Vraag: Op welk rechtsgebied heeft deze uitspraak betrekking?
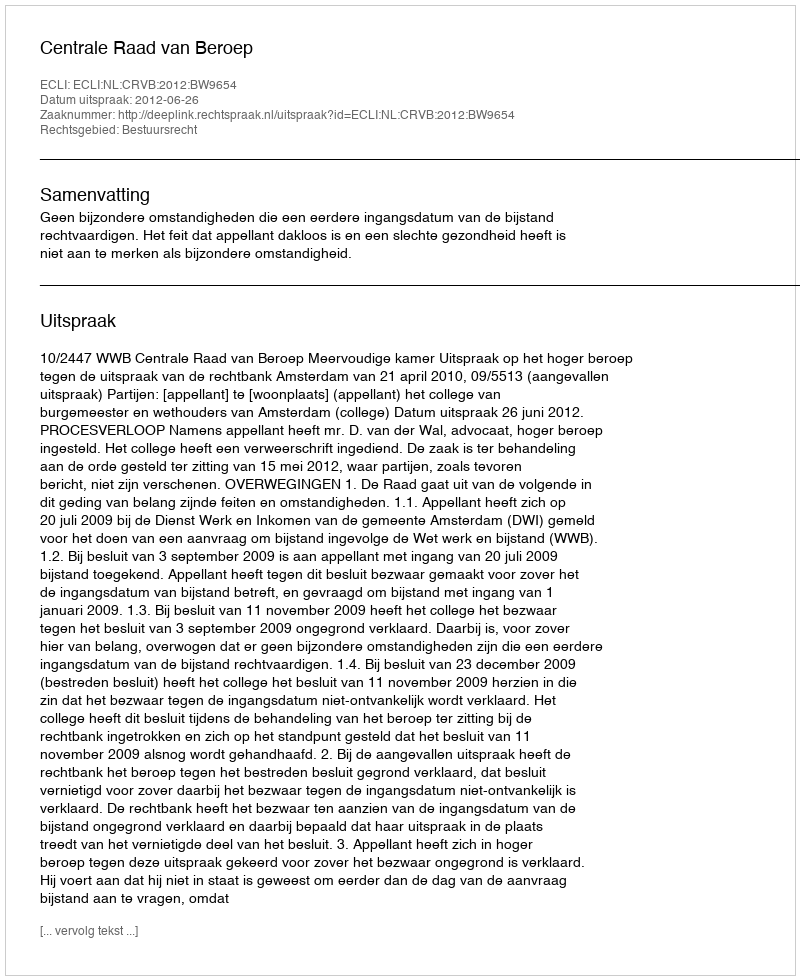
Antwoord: Bestuursrecht